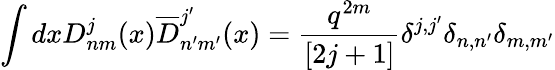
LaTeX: \int dxD_{nm}^{j}(x)\overline{{{D}}}_{n^{\prime}m^{\prime}}^{j^{\prime}}(x)={\frac{q^{2m}}{[2j+1]}}\delta^{j,j^{\prime}}\delta_{n,n^{\prime}}\delta_{m,m^{\prime}}